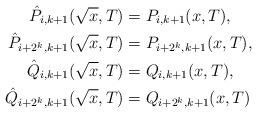
LaTeX: \begin{align*}\hat{P}_{i,k+1}(\sqrt{x},T) & =P_{i,k+1}(x,T),\\\hat{P}_{i+2^k,k+1}(\sqrt{x},T) & =P_{i+2^k,k+1}(x,T),\\\hat{Q}_{i,k+1}(\sqrt{x},T) & =Q_{i,k+1}(x,T),\\\hat{Q}_{i+2^k,k+1}(\sqrt{x},T) & =Q_{i+2^k,k+1}(x,T)\end{align*}